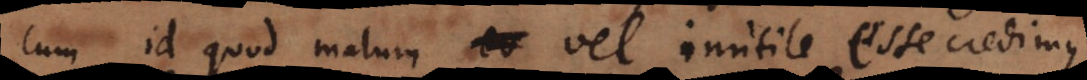
Cum id quod malum vel inutile esse credimus